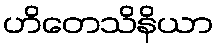
ဟိတေသိနိယာ